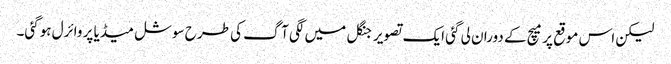
لیکن اس موقع پر میچ کے دوران لی گئی ایک تصویر جنگل میں لگی آگ کی طرح سوشل میڈیا پر وائرل ہوگئی۔